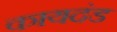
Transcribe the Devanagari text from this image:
कायदंड